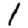
Digit: 1